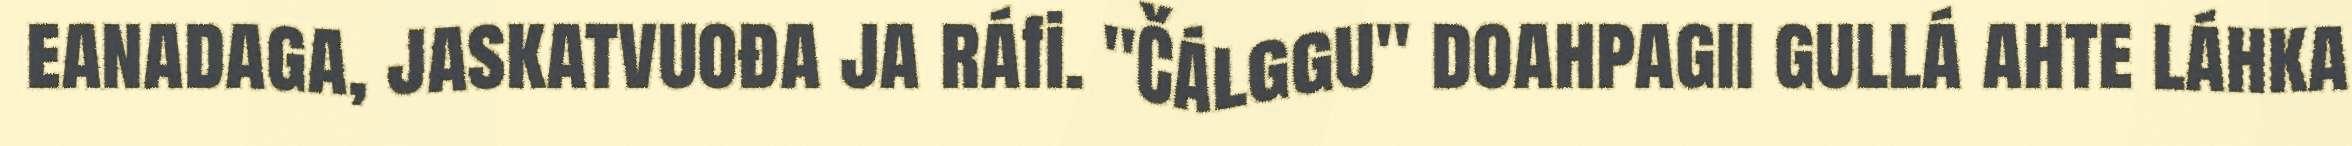
eanadaga, jaskatvuođa ja ráfi. "Čálggu" doahpagii gullá ahte láhka